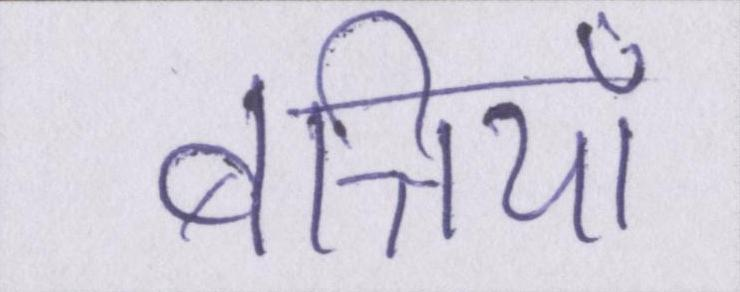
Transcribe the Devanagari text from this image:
बत्तियाँ